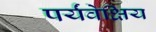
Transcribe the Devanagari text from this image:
पर्यंवेक्षिय